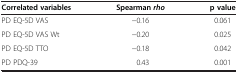
| Correlated variables | Spearmanrho | p value |
 | --- | --- | --- |
 | PD EQ-5D VAS | −0.16 | 0.061 |
 | PD EQ-5D VAS Wt | −0.20 | 0.025 |
 | PD EQ-5D TTO | −0.18 | 0.042 |
 | PD PDQ-39 | 0.43 | 0.001 |